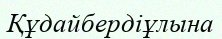
Құдайбердіұлына